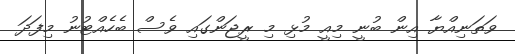
ވަތަނިއްޔާ އިން ބުނީ މިއީ މުޅި މި ރީޖަންގައި ވެސް ބެހެއްޓުނު މިފަދަ